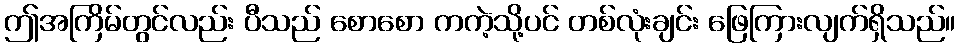
ဤအကြိမ်တွင်လည်း ပီသည် စောစော ကကဲ့သို့ပင် တစ်လုံးချင်း ဖြေကြားလျက်ရှိသည်။